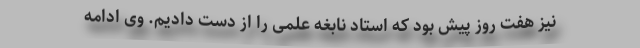
نیز هفت روز پیش بود که استاد نابغه علمی را از دست دادیم. وی ادامه